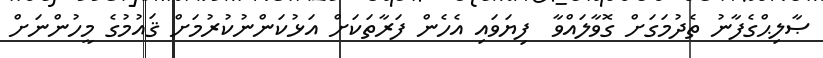
ޞާލިޙްގެފާނު ތެދުމަގަށް ގޮވާލައްވާ  ފިޔަވައި އެހެން ފަރާތަކަށް އަޅުކަންނުކުރުމަށް ޤައުމުގެ މީހުންނަށް